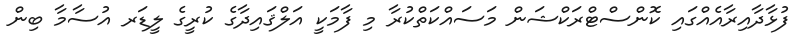
ފުޅާދާއިރާއެއްގައި ކޮންސްޓްރަކްޝަން މަސައްކަތްކުރާ މި ފާމަކީ އަލްޤައިދާގެ ކުރީގެ ލީޑަރ އުސާމާ ބިން